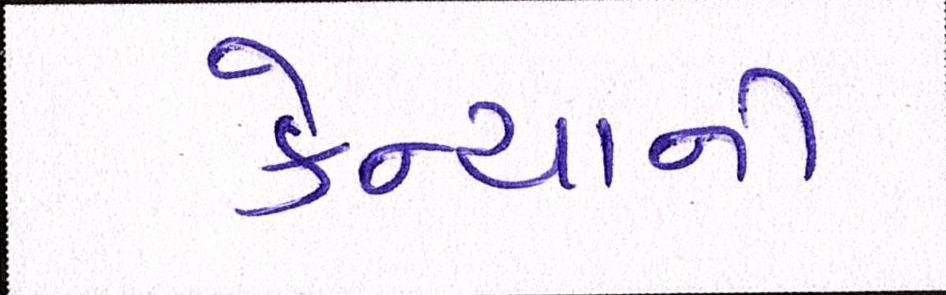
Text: કેન્યાની